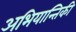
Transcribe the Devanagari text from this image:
अभियान्तिकी